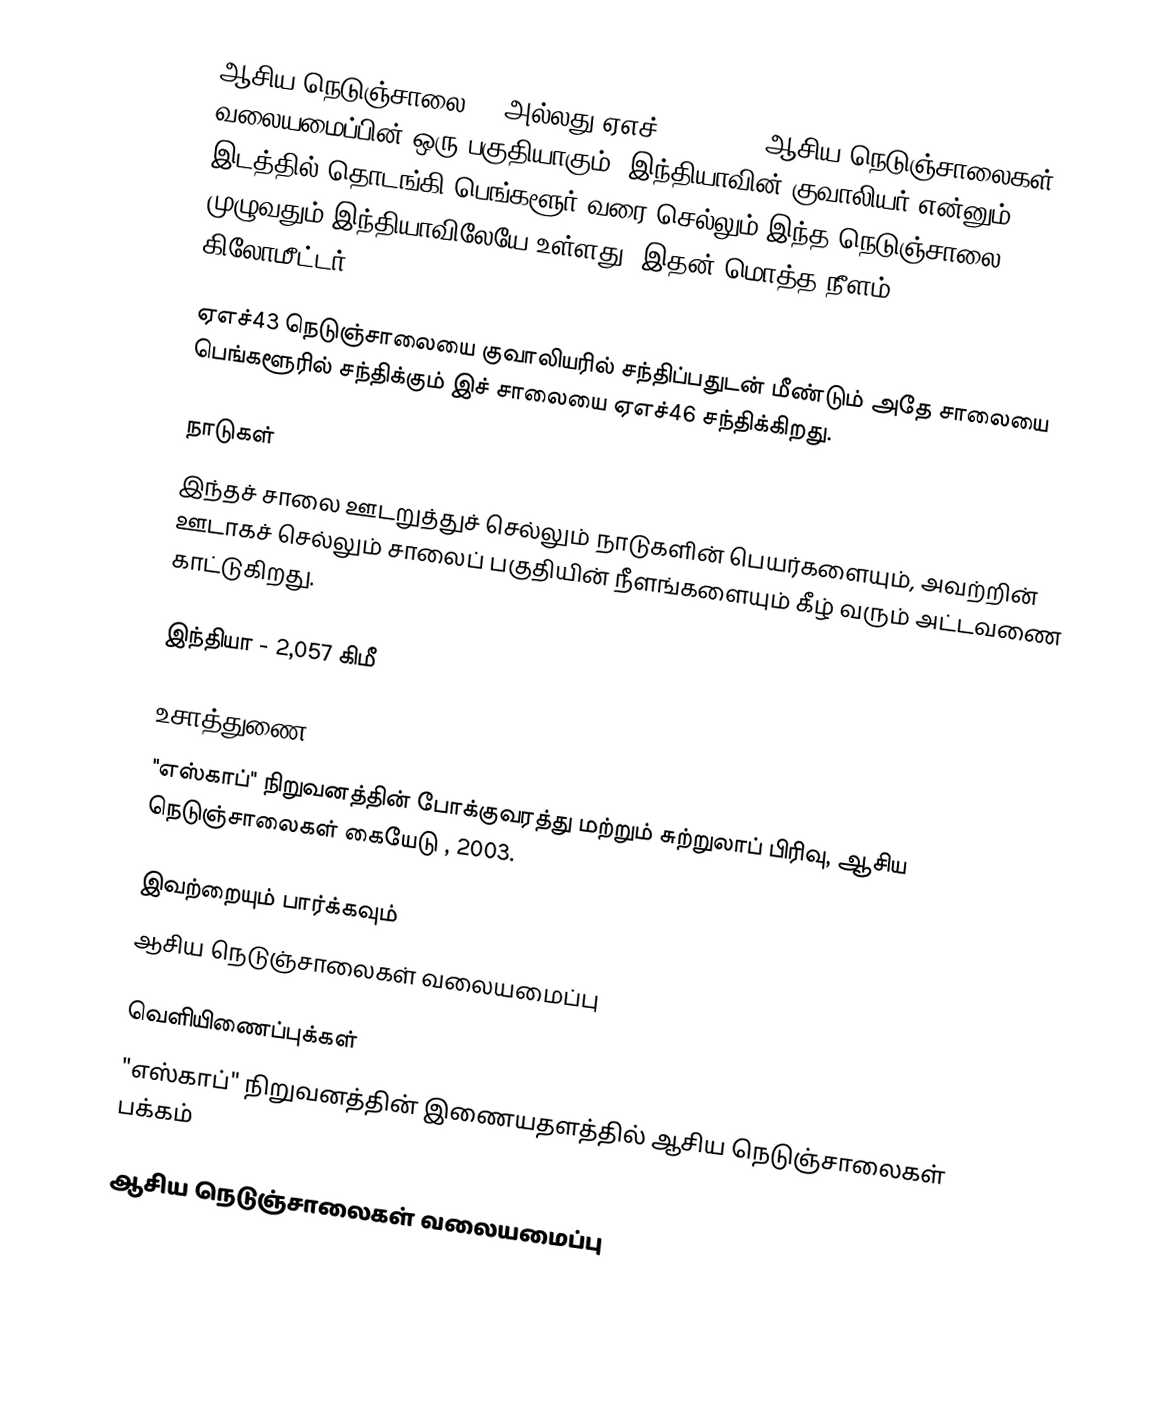
ஆசிய நெடுஞ்சாலை 47 அல்லது ஏஎச்47 (AH47), ஆசிய நெடுஞ்சாலைகள் வலையமைப்பின் ஒரு பகுதியாகும். இந்தியாவின் குவாலியர் என்னும் இடத்தில் தொடங்கி பெங்களூர் வரை செல்லும் இந்த நெடுஞ்சாலை முழுவதும் இந்தியாவிலேயே உள்ளது. இதன் மொத்த நீளம் 2,057 கிலோமீட்டர்.

ஏஎச்43 நெடுஞ்சாலையை குவாலியரில் சந்திப்பதுடன் மீண்டும் அதே சாலையை பெங்களூரில் சந்திக்கும் இச் சாலையை ஏஎச்46 சந்திக்கிறது.

நாடுகள்
இந்தச் சாலை ஊடறுத்துச் செல்லும் நாடுகளின் பெயர்களையும், அவற்றின் ஊடாகச் செல்லும் சாலைப் பகுதியின் நீளங்களையும் கீழ் வரும் அட்டவணை காட்டுகிறது.

 இந்தியா - 2,057 கிமீ

உசாத்துணை
 "எஸ்காப்" நிறுவனத்தின் போக்குவரத்து மற்றும் சுற்றுலாப் பிரிவு, ஆசிய நெடுஞ்சாலைகள் கையேடு , 2003.

இவற்றையும் பார்க்கவும்
 ஆசிய நெடுஞ்சாலைகள் வலையமைப்பு

வெளியிணைப்புக்கள்
 "எஸ்காப்" நிறுவனத்தின் இணையதளத்தில் ஆசிய நெடுஞ்சாலைகள் பக்கம்

 ஆசிய நெடுஞ்சாலைகள் வலையமைப்பு